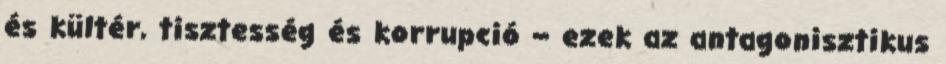
és kültér, tisztesség és korrupció – ezek az antagonisztikus